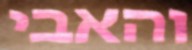
והאבי